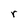
Character: r